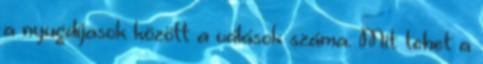
a nyugdíjasok között a válások száma. Mit tehet a